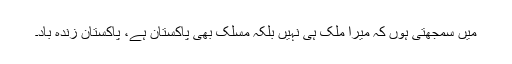
میں سمجھتی ہوں کہ میرا ملک ہی نہیں بلکہ مسلک بھی پاکستان ہے، پاکستان زندہ باد۔